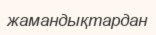
жамандықтардан